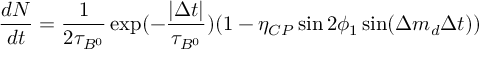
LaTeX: \frac { d N } { d t } = \frac { 1 } { 2 \tau _ { B ^ { 0 } } } \exp ( - \frac { | \Delta t | } { \tau _ { B ^ { 0 } } } ) ( 1 - \eta _ { C P } \sin 2 \phi _ { 1 } \sin ( \Delta m _ { d } \Delta t ) )